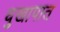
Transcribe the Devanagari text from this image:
धुखापात